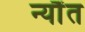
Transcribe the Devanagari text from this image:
न्यौंत